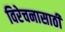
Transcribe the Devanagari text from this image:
विरेचनासाठी